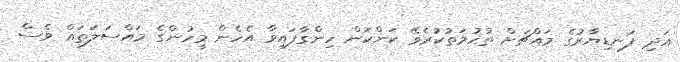
އަދި ފަނޑިޔާރުގެ މައްޗަށް ތުހުމަތުކުރެވޭ ކަންކަން ހިންގާފައިވާ އެހެން މީހުންގެ މައްސަލަތައް ވެސް